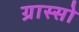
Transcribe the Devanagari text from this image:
ग्रास्सो